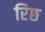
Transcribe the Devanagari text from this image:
रिछ